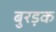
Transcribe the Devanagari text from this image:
बुरड़क